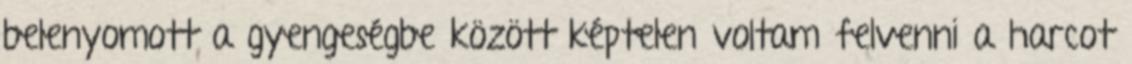
belenyomott a gyengeségbe között képtelen voltam felvenni a harcot